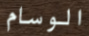
الوسام